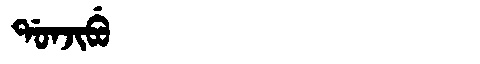
Manchu: ᡩᠣᠨᠵᡳᠪᡠ
Romanization: DONJIBU